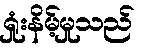
ရှုံးနိမ့်မှုသည်